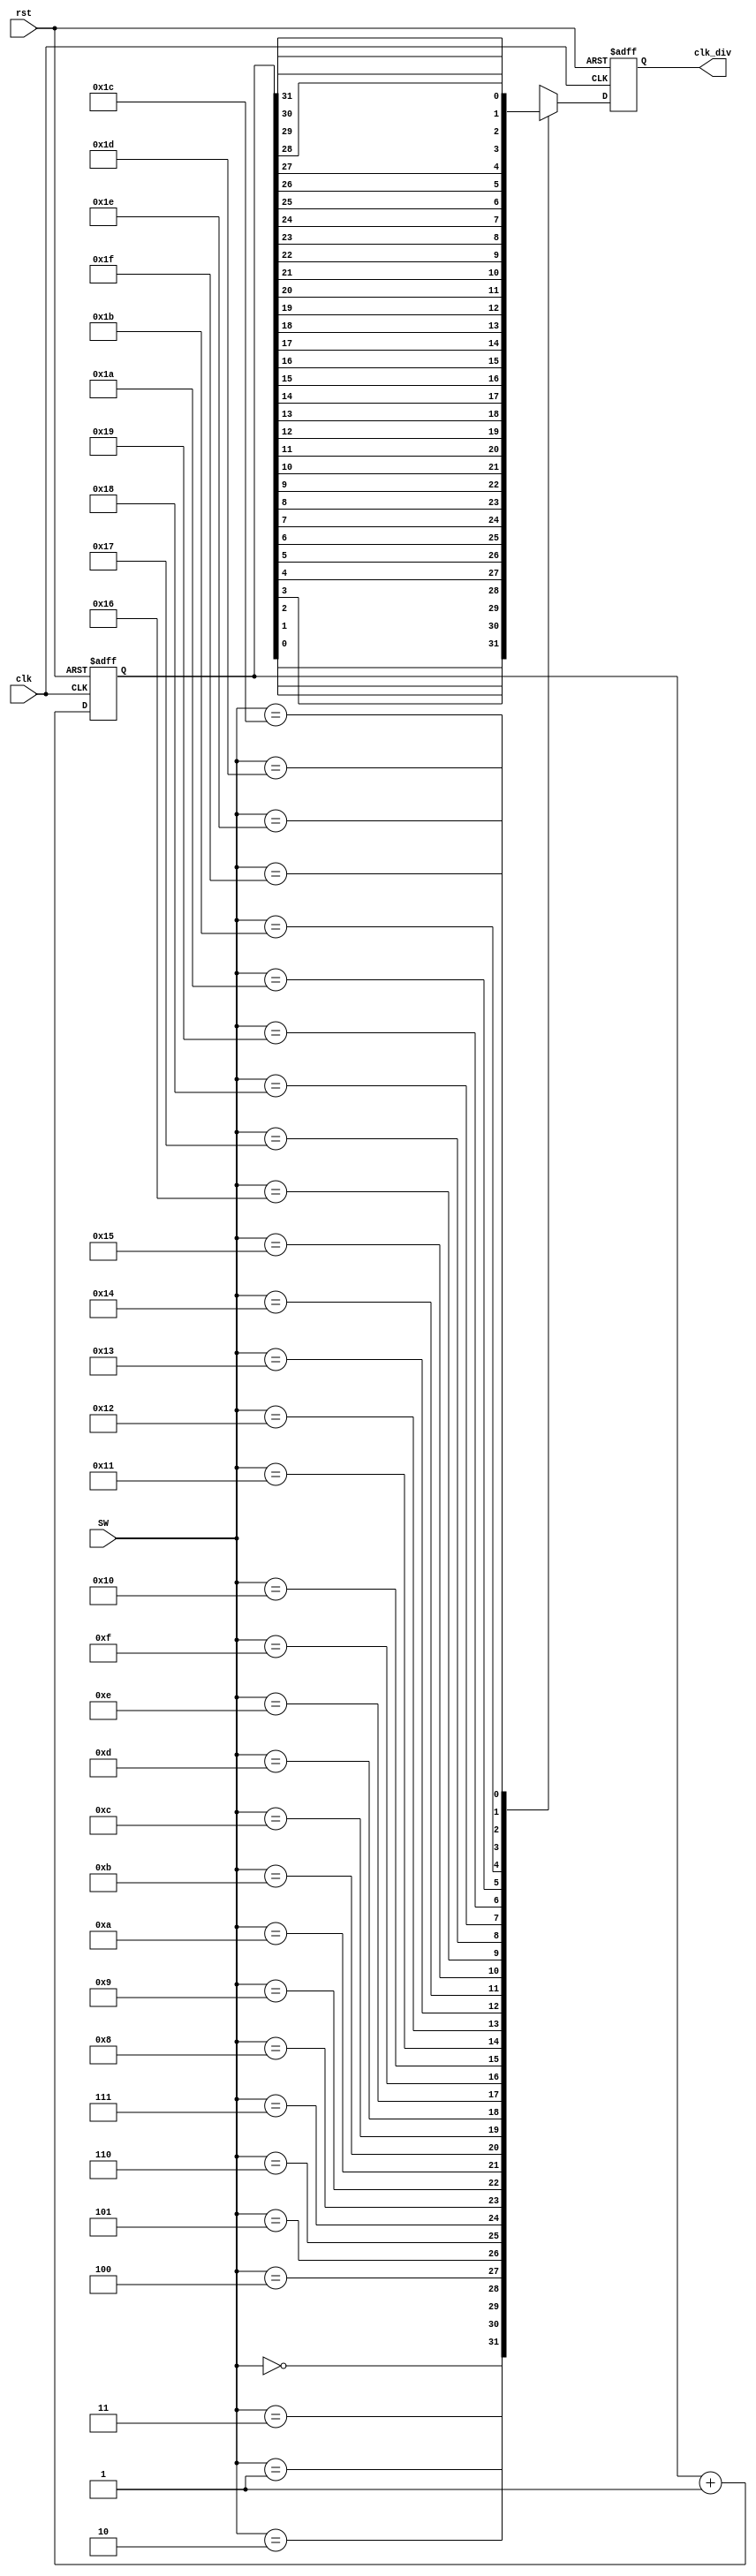
`timescale 1ns / 1ps
//////////////////////////////////////////////////////////////////////////////////
// Company: 
// Engineer: 
// 
// Design Name: 
// Module Name: clk_divider
// Project Name: 
// Target Devices: 
// Tool Versions: 
// Description: 
// 
// Dependencies: 
// 
// Revision:
// Revision 0.01 - File Created
// Additional Comments:
// 
//////////////////////////////////////////////////////////////////////////////////


module clk_divider(
                    input clk,
                    input rst,
                    input [4:0] SW, 
                    output reg clk_div
                    );
                    
                    reg [31:0] count; 
                  

                    always@(posedge clk or posedge rst)
                        begin 
                            if (rst)
                                count <= 0;
                            else 
                                count <= count + 1; 
                        end 
                            always@(posedge clk or posedge rst)
                                begin 
                                if (rst)
                                    clk_div <= 1'b0;
                                 else 
                                    begin 
                                  case (SW)
                                    0:  clk_div <= count[0]; 
                                    1:  clk_div <= count[1]; 
                                    2:  clk_div <= count[2]; 
                                    3:  clk_div <= count[3]; 
                                    4:  clk_div <= count[4]; 
                                    5:  clk_div <= count[5]; 
                                    6:  clk_div <= count[6]; 
                                    7:  clk_div <= count[7]; 
                                    8:  clk_div <= count[8]; 
                                    9:  clk_div <= count[9]; 
                                    10: clk_div <= count[10]; 
                                    11: clk_div <= count[11]; 
                                    12: clk_div <= count[12]; 
                                    13: clk_div <= count[13]; 
                                    14: clk_div <= count[14]; 
                                    15: clk_div <= count[15]; 
                                    16: clk_div <= count[16]; 
                                    17: clk_div <= count[17]; 
                                    18: clk_div <= count[18]; 
                                    19: clk_div <= count[19]; 
                                    20: clk_div <= count[20]; 
                                    21: clk_div <= count[21]; 
                                    22: clk_div <= count[22]; 
                                    23: clk_div <= count[23]; 
                                    24: clk_div <= count[24]; 
                                    25: clk_div <= count[25]; 
                                    26: clk_div <= count[26]; 
                                    27: clk_div <= count[27]; 
                                    28: clk_div <= count[28]; 
                                    29: clk_div <= count[29]; 
                                    30: clk_div <= count[30]; 
                                    31: clk_div <= count[31]; 
                                 default: clk_div <= 1'bZ; 
                                  endcase 
                                  end 
                                end 


endmodule